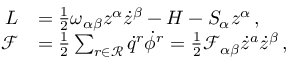
\begin{array} { r l } { L } & { = \frac { 1 } { 2 } \omega _ { \alpha \beta } z ^ { \alpha } \dot { z } ^ { \beta } - H - S _ { \alpha } { z } ^ { \alpha } \, , } \\ { \mathcal { F } } & { = \frac { 1 } { 2 } \sum _ { r \in \mathcal { R } } \dot { q } ^ { r } \dot { \phi } ^ { r } = \frac { 1 } { 2 } \mathcal { F } _ { \alpha \beta } \dot { z } ^ { a } \dot { z } ^ { \beta } \, , } \end{array}